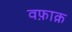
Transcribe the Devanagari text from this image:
वफ़ाक़